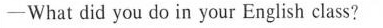
──What did you do in your English class?